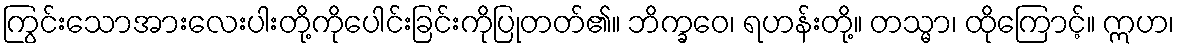
ကြွင်းသောအားလေးပါးတို့ကိုပေါင်းခြင်းကိုပြုတတ်၏။ ဘိက္ခဝေ၊ ရဟန်းတို့။ တသ္မာ၊ ထိုကြောင့်။ ဣဟ၊